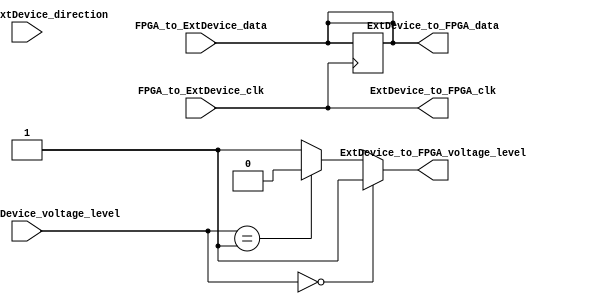
module IO_Block_Diff_Bidirectional_Buffer (
    input wire FPGA_to_ExtDevice_data,
    output reg ExtDevice_to_FPGA_data,
    input wire FPGA_to_ExtDevice_clk,
    output reg ExtDevice_to_FPGA_clk,
    input wire FPGA_to_ExtDevice_direction,
    input wire [1:0] FPGA_to_ExtDevice_voltage_level,
    output wire ExtDevice_to_FPGA_voltage_level
);

// Differential signaling for noise immunity
assign ExtDevice_to_FPGA_data = FPGA_to_ExtDevice_data;
assign ExtDevice_to_FPGA_clk = FPGA_to_ExtDevice_clk;

// Level shifting based on FPGA and External Device voltage levels
assign ExtDevice_to_FPGA_voltage_level = (FPGA_to_ExtDevice_voltage_level == 2'b00) ? 2'b01 :
                                        (FPGA_to_ExtDevice_voltage_level == 2'b01) ? 2'b10 : 2'b11;

// Slew rate control and direction control based on FPGA inputs
always @ (posedge FPGA_to_ExtDevice_clk) begin
    if (FPGA_to_ExtDevice_direction) begin
        // Data sending from FPGA to External Device
        // Implement slew rate control
        ExtDevice_to_FPGA_data <= FPGA_to_ExtDevice_data;
    end else begin
        // Data receiving from External Device to FPGA
        // Implement slew rate control
        ExtDevice_to_FPGA_data <= ExtDevice_to_FPGA_data;
    end
end

endmodule